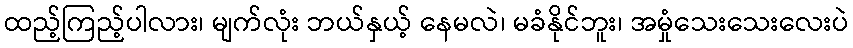
ထည့်ကြည့်ပါလား၊ မျက်လုံး ဘယ်နှယ့် နေမလဲ၊ မခံနိုင်ဘူး၊ အမှုံသေးသေးလေးပဲ